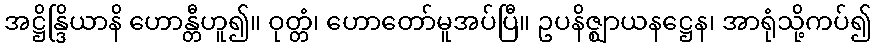
အဋ္ဌိန္ဒြိယာနိ ဟောန္တီဟူ၍။ ဝုတ္တံ၊ ဟောတော်မူအပ်ပြီ။ ဥပနိဇ္ဈာယနဋ္ဌေန၊ အာရုံသို့ကပ်၍